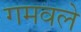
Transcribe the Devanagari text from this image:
गमवले